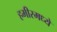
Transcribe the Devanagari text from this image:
हमीरमध्ये